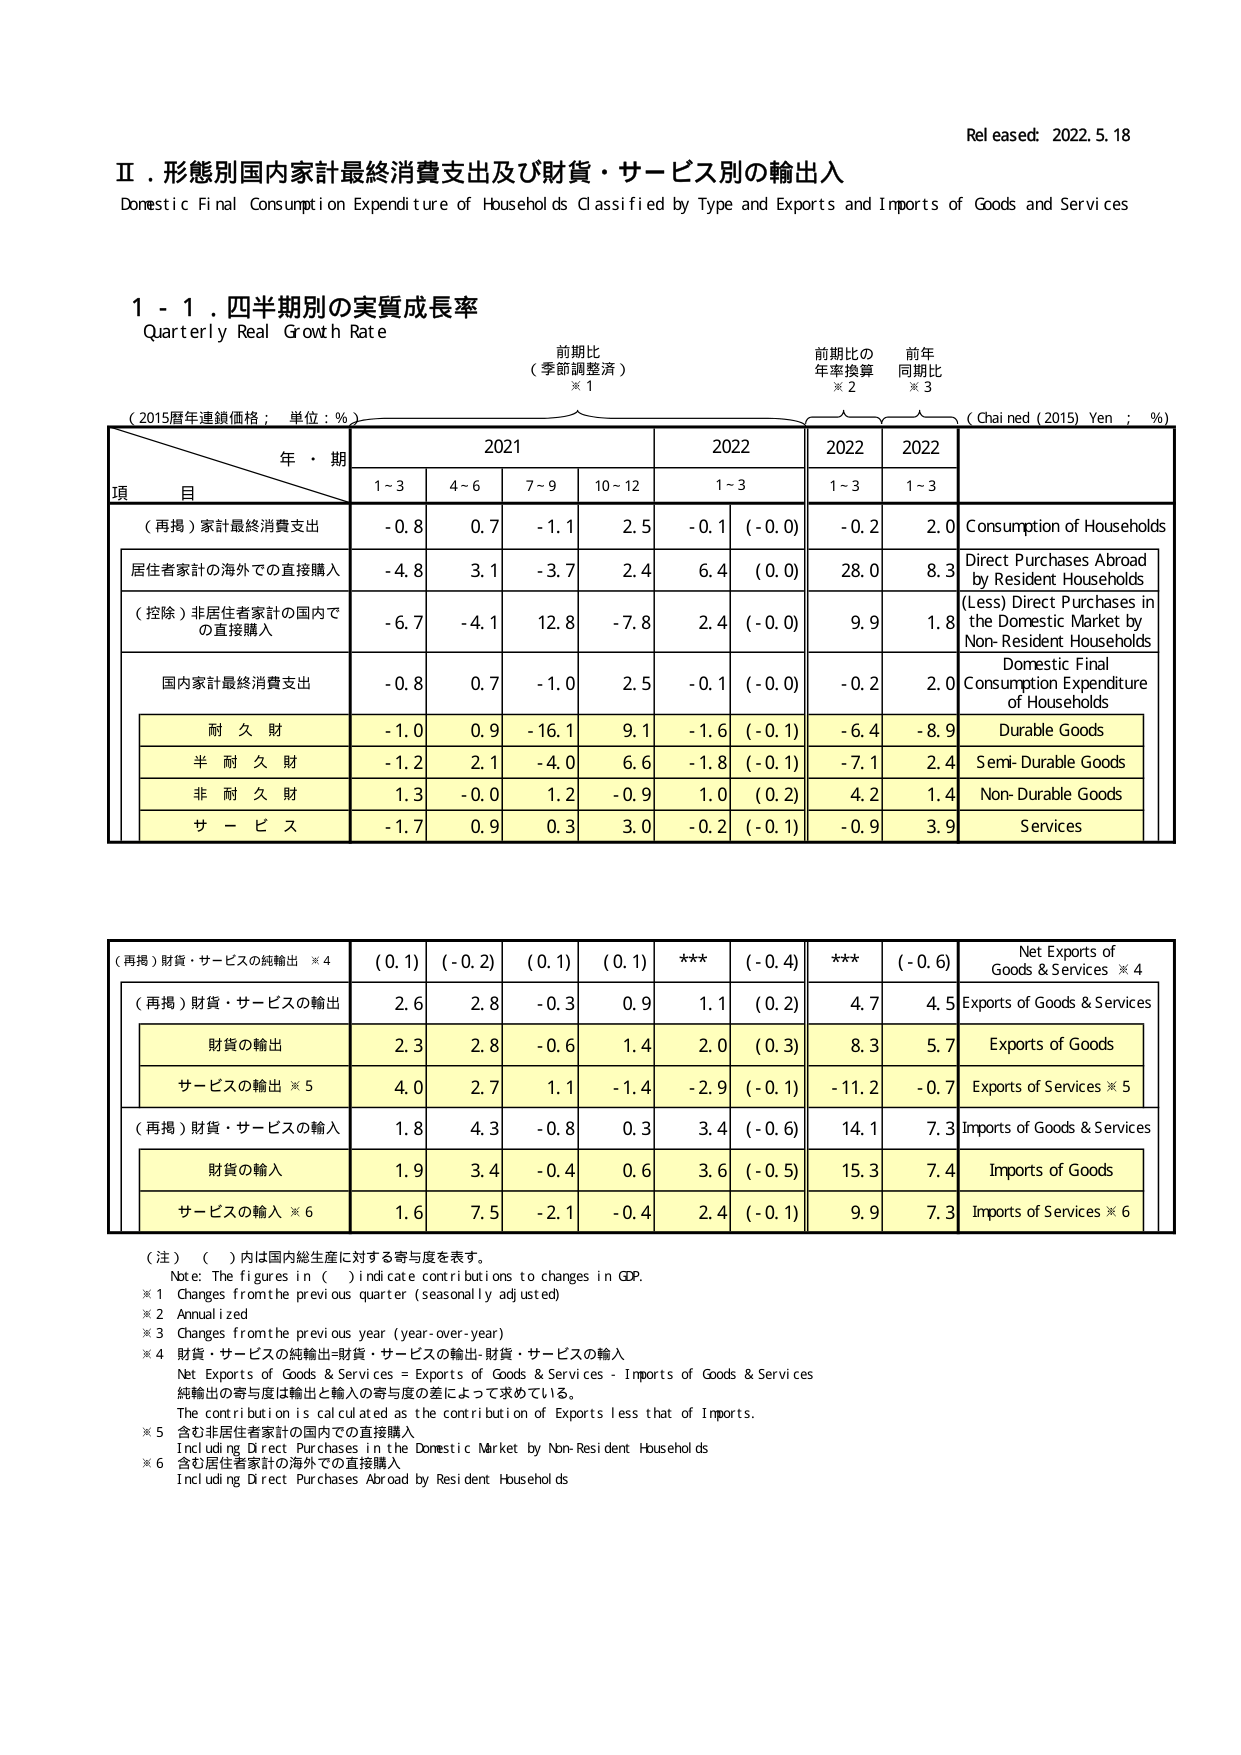
Released: 2022.5.18

Ⅱ．形態別国内家計最終消費支出及び財貨・サービス別の輸出入
Domestic Final Consumption Expenditure of Households Classified by Type and Exports and Imports of Goods and Services

1 - 1．四半期別の実質成長率
Quarterly Real Growth Rate

前期待
（季節調整済）
※1
前期待の
年率換算
※2
前年
同期比
※3

（2015暦年連鎖価格；単位：%）
（Chained (2015) Yen；%）

年・期
2021
2022
2022
2022

項 目
1~3
4~6
7~9
10~12
1~3
1~3
1~3

（再掲）家計最終消費支出
-0.8
0.7
-1.1
2.5
-0.1
(-0.0)
-0.2
2.0
Consumption of Households

居住者家計の海外での直接購入
-4.8
3.1
-3.7
2.4
6.4
(0.0)
28.0
8.3
Direct Purchases Abroad by Resident Households

（控除）非居住者家計の国内での直接購入
-6.7
-4.1
12.8
-7.8
2.4
(-0.0)
9.9
1.8
(Less) Direct Purchases in the Domestic Market by Non-Resident Households

国内家計最終消費支出
-0.8
0.7
-1.0
2.5
-0.1
(-0.0)
-0.2
2.0
Domestic Final Consumption Expenditure of Households

耐久財
-1.0
0.9
-16.1
9.1
-1.6
(-0.1)
-6.4
-8.9
Durable Goods

半耐久財
-1.2
2.1
-4.0
6.6
-1.8
(-0.1)
-7.1
2.4
Semi-Durable Goods

非耐久財
1.3
-0.0
1.2
-0.9
1.0
(0.2)
4.2
1.4
Non-Durable Goods

サービス
-1.7
0.9
0.3
3.0
-0.2
(-0.1)
-0.9
3.9
Services

（再掲）財貨・サービスの純輸出 ※4
(0.1)
(-0.2)
(0.1)
(0.1)
***
(-0.4)
***
(-0.6)
Net Exports of Goods & Services ※4

（再掲）財貨・サービスの輸出
2.6
2.8
-0.3
0.9
1.1
(0.2)
4.7
4.5
Exports of Goods & Services

財貨の輸出
2.3
2.8
-0.6
1.4
2.0
(0.3)
8.3
5.7
Exports of Goods

サービスの輸出 ※5
4.0
2.7
1.1
-1.4
-2.9
(-0.1)
-11.2
-0.7
Exports of Services ※5

（再掲）財貨・サービスの輸入
1.8
4.3
-0.8
0.3
3.4
(-0.6)
14.1
7.3
Imports of Goods & Services

財貨の輸入
1.9
3.4
-0.4
0.6
3.6
(-0.5)
15.3
7.4
Imports of Goods

サービスの輸入 ※6
1.6
7.5
-2.1
-0.4
2.4
(-0.1)
9.9
7.3
Imports of Services ※6

（注）（ ）内は国内総生産に対する寄与度を表す。
Note: The figures in ( ) indicate contributions to changes in GDP.

※1 Changes from the previous quarter (seasonally adjusted)
※2 Annualized
※3 Changes from the previous year (year-over-year)
※4 財貨・サービスの純輸出=財貨・サービスの輸出-財貨・サービスの輸入
Net Exports of Goods & Services = Exports of Goods & Services - Imports of Goods & Services
純輸出の寄与度は輸出と輸入の寄与度の差によって求めている。
The contribution is calculated as the contribution of Exports less that of Imports.

※5 含む非居住者家計の国内での直接購入
Including Direct Purchases in the Domestic Market by Non-Resident Households

※6 含む居住者家計の海外での直接購入
Including Direct Purchases Abroad by Resident Households